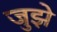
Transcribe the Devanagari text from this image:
जुझे